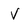
Character: v